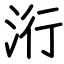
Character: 洐